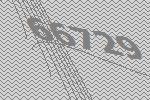
66729